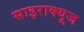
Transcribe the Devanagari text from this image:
साइराक्यूज